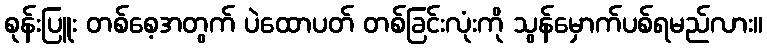
စုန်းပြူး တစ်စေ့အတွက် ပဲထောပတ် တစ်ခြင်းလုံးကို သွန်မှောက်ပစ်ရမည်လား။